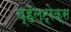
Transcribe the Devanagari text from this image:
व्हॅल्ट्रेक्स